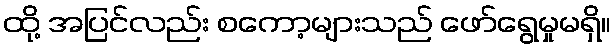
ထို့ အပြင်လည်း စကော့များသည် ဖော်ရွေမှုမရှိ။